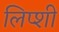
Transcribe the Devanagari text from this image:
लिप्शी